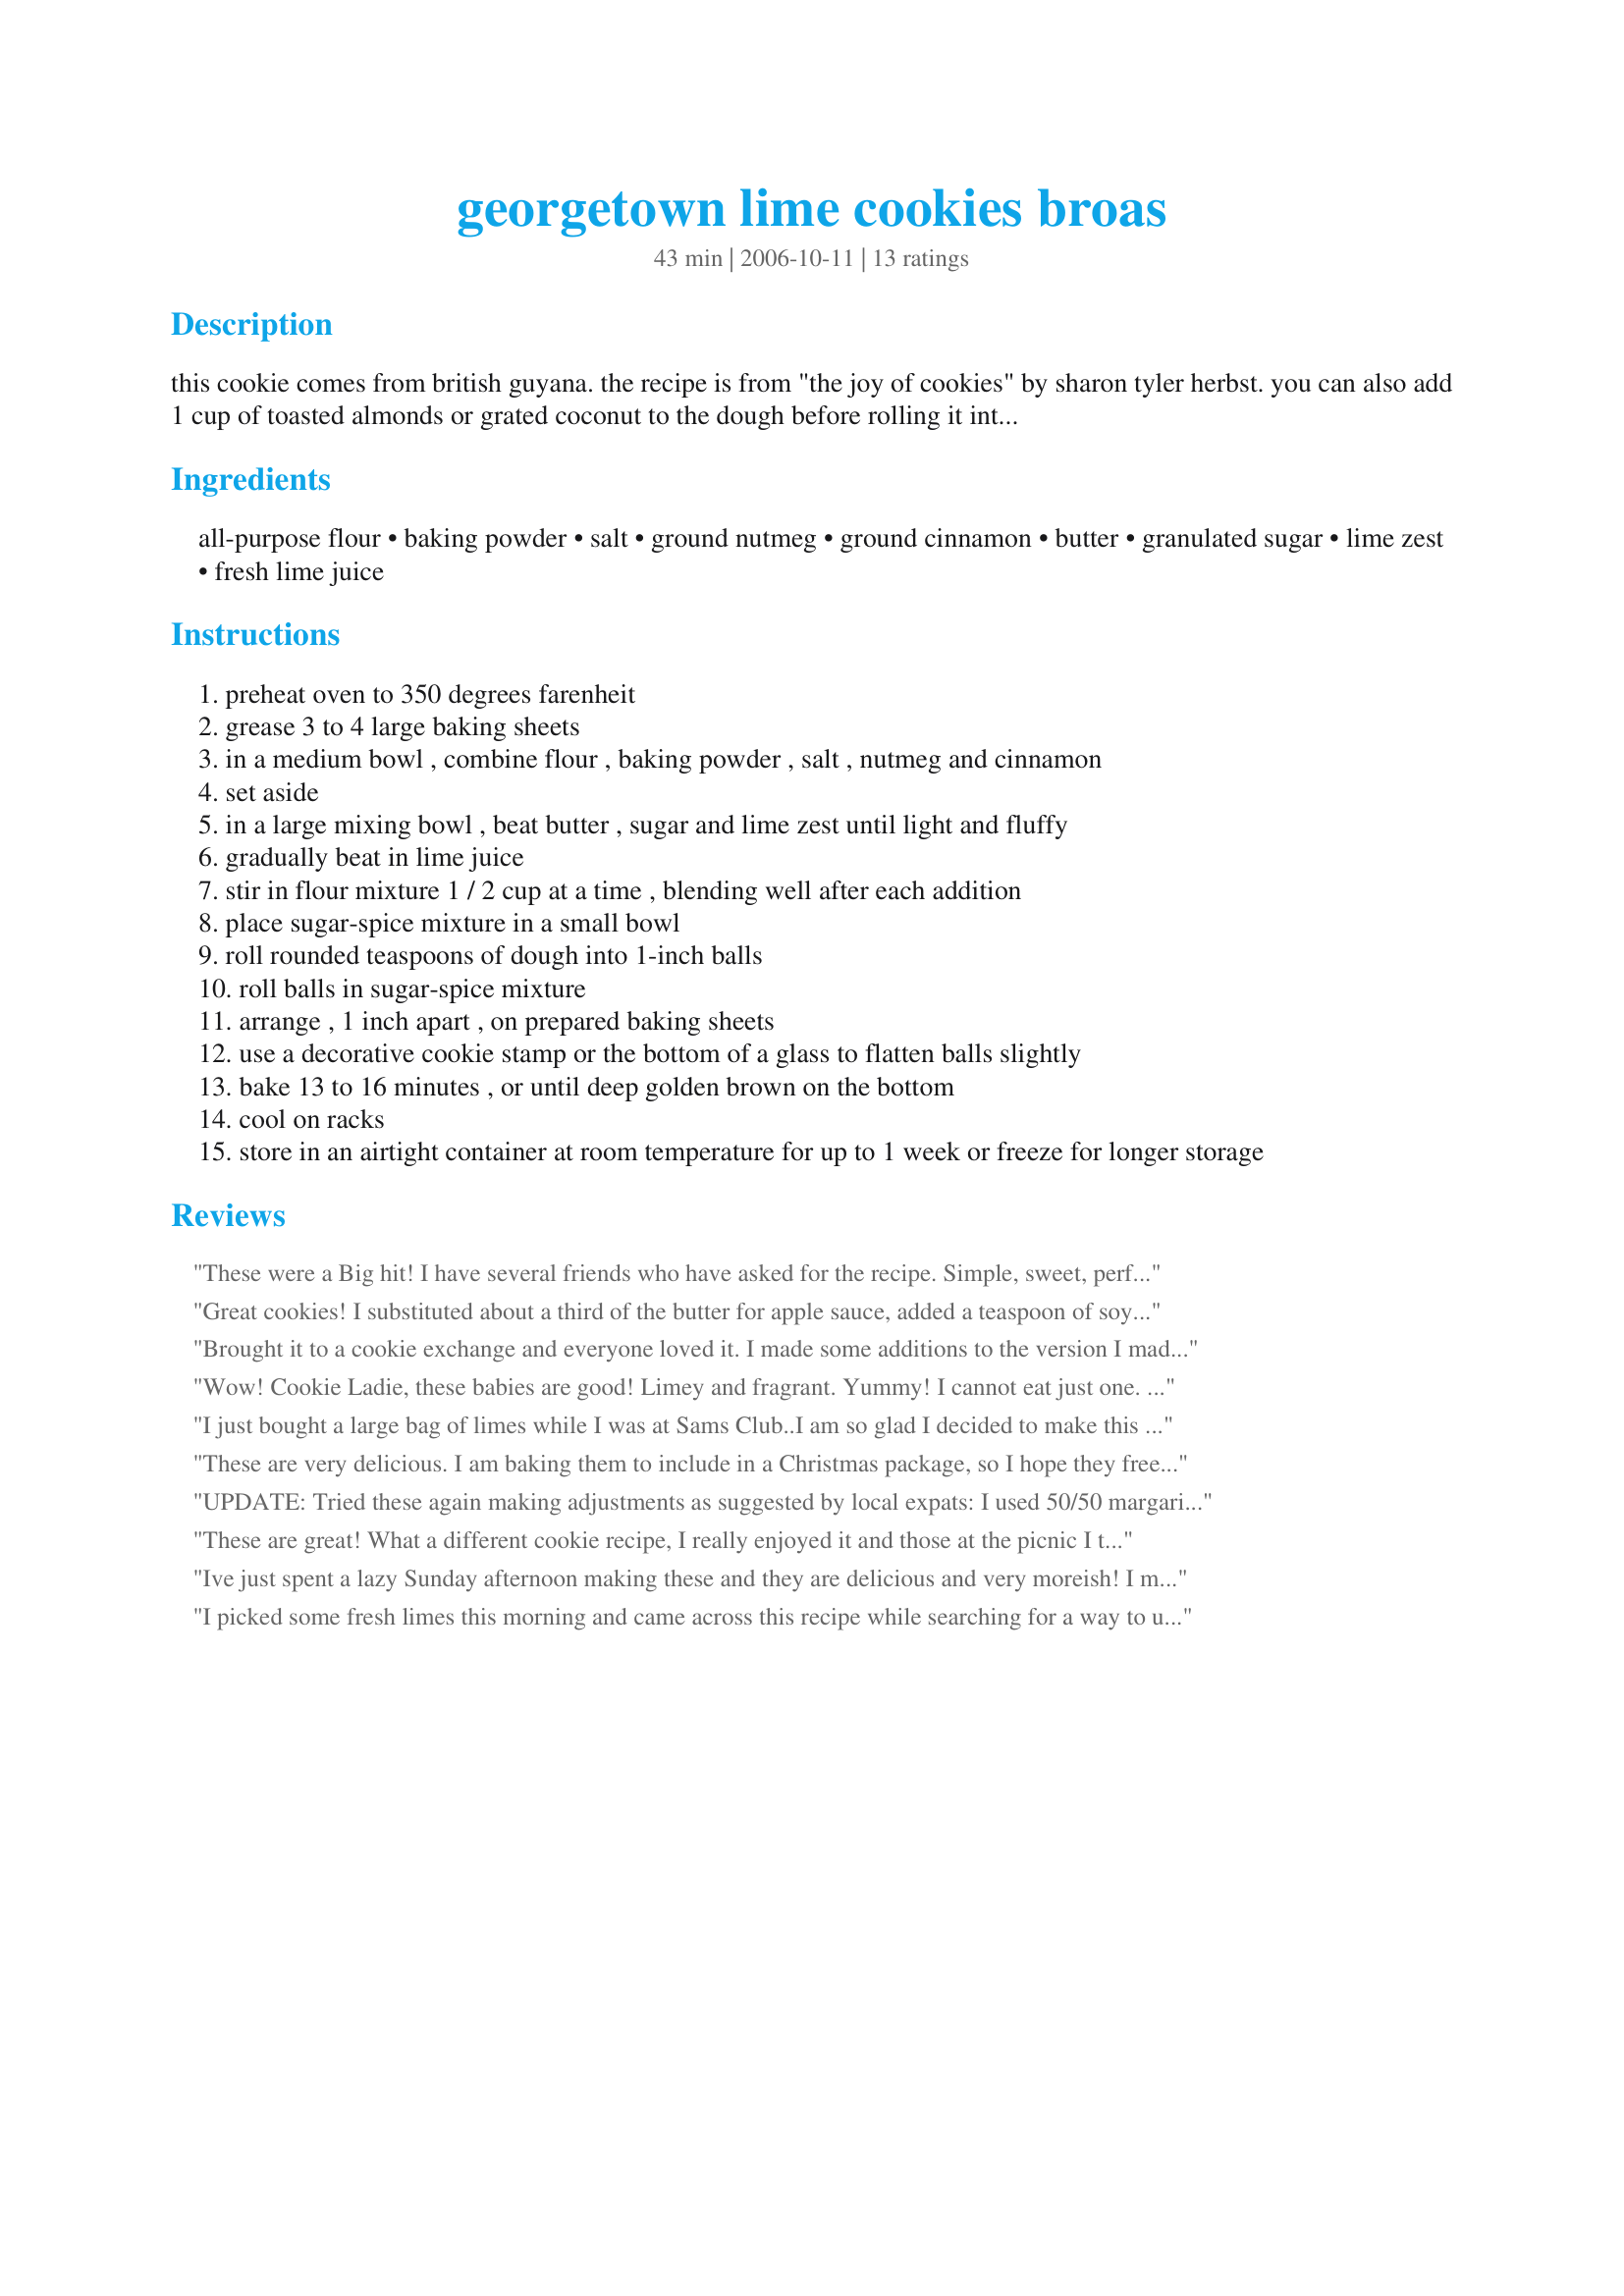
georgetown lime cookies broas
Preparation time: 43 minutes

this cookie comes from british guyana. the recipe is from "the joy of cookies" by sharon tyler herbst. you can also add 1 cup of toasted almonds or grated coconut to the dough before rolling it into balls if you wan't something a little different. prep time is a guess.

Ingredients:
all-purpose flour, baking powder, salt, ground nutmeg, ground cinnamon, butter, granulated sugar, lime zest, fresh lime juice

Steps:
preheat oven to 350 degrees farenheit
grease 3 to 4 large baking sheets
in a medium bowl , combine flour , baking powder , salt , nutmeg and cinnamon
set aside
in a large mixing bowl , beat butter , sugar and lime zest until light and fluffy
gradually beat in lime juice
stir in flour mixture 1 / 2 cup at a time , blending well after each addition
place sugar-spice mixture in a small bowl
roll rounded teaspoons of dough into 1-inch balls
roll balls in sugar-spice mixture
arrange , 1 inch apart , on prepared baking sheets
use a decorative cookie stamp or the bottom of a glass to flatten balls slightly
bake 13 to 16 minutes , or until deep golden brown on the bottom
cool on racks
store in an airtight container at room temperature for up to 1 week or freeze for longer storage

Reviews:
These were a Big hit! I have several friends who have asked for the recipe. Simple, sweet, perfect. They didn't stop eating until they were all gone. And they have been mentioned several times in the past week. I will definately be making these again. Thanks!!
Great cookies! I substituted about a third of the butter for apple sauce, added a teaspoon of soy lecithin to the dough, reduced the sugar to 3/4 of a cup, and mixed in some shredded sweetened coconut to half of the dough. They came out as little balls of yumminess. The outside of the cookies are slightly hard and crispy but the insides are soft and chewy! They're kind of like a butter/shortbread cookie (as Len23 said), but a chewier on the inside. I will definitely be adding more lime next time though. The lime flavor was great in the dough before I baked it -- my husband didn't want to stop eating it. But it became much more subdued after baking. We really like the tartness of the lime to come through! Thanks for posting!
Brought it to a cookie exchange and everyone loved it. I made some additions to the version I made. Replaced a 1/4 cup of granulated sugar in the dough with raw sugar. I also replaces the entire "spice" sugar (what you roll the dough balls in) with raw sugar....although, when putting the balls in the bowl, instead of rolling I scooped the mix on bc the cinnamon and nutmeg were all on the bottom of the bowl. I also I set aside a bit of the lime zest as well as 2 TB of lime juice (leftover from squeezing the limes) and made a glaze to brush on top of the cookies after they cooled. I also only baked them for 12 minutes to let them be a little softer. And one last thing to note - I tried both with one egg added to the dough and the original version and like the NO EGG version better. Thanks for the recipe. It was the biggest hit at the cookie party I went to.
Wow! Cookie Ladie, these babies are good! Limey and fragrant. Yummy! I cannot eat just one. I do not like to bake cookies (just eat them) but I am going to have to get over it for these. You can't buy them anywhere, so I am going to have to make them. Big thank you.
I just bought a large bag of limes while I was at Sams Club..I am so glad I decided to make this recipe..Wonderful delicate lime flavored cookies, more like a wafer, they are so thin..I heard about these on the travel channel(Anthony) and he is correct it is hard to eat just one..Thank U for this wonderful recipe...
These are very delicious. I am baking them to include in a Christmas package, so I hope they freeze well. (I guess we'll find out.) They are absolutely delicate and very tasty. I did not find them too sweet but you definitely do not need to eat more than one or two. I halved the recipe and added 1/2 cup of toasted, sweetened coconut. The coconut flavor is there but the lime flavor is much more pronounced. A lovely cookie!
UPDATE: Tried these again making adjustments as suggested by local expats: I used 50/50 margarine and butter, added extra flour due to the water content of CR's butter and moved my oven rack up a level. THAT'S THE TICKET!!! These cookies are AMAZING!!! Original Review: These cookies have an amazing flavor! I'd like to give them five stars, except mine spread way too thin and I ended up with one great big cookie-sheet sized cookie! However, this may not be the fault of the recipe, since the same thing happened yesterday with another cookie. My bad oven, or maybe its the Costa Rican butter; sigh... I love the combination of the lime with the cinnamon and nutmeg - even though we ended up with a not-very-pretty cookie, they disappeared pretty quickly! Yum! Thanks for posting!
These are great! What a different cookie recipe, I really enjoyed it and those at the picnic I took them to did as well. I used store-bought lime juice, and did need to add an extra tablespoon to up the flavor. A great combination of flavors, very light! Mine came out a bit shortbread-y, which I liked a lot.
Ive just spent a lazy Sunday afternoon making these and they are delicious and very moreish! I made a few changes of my own by substituting some of the flour with cornmeal and rolled the dough balls in oatmeal, which gives the cookies a fantastic crunch. They were a bit too sweet for our English tastbuds, so next time I will use less sugar.

Thanks for posting this recipe and I will definitely make these again - soon!
I picked some fresh limes this morning and came across this recipe while searching for a way to use them. This recipe is a nice twist on a plain sugar cookie. The cookie itself is soft the inside with a nice, crispy exterior; however, it doesn't have the big wow factor that a more decadent chocolate cookie has. For those who aren't looking for decadence and don't happen to like chocolate, this is a more-than-satisfacory alternative. As other reviewers suggested I cut back a little on the sugar, and I'm glad I did. The lime I used was huge, so I also amped up the lime flavor by adding a fourth tablespoon of fresh lime juice, which was another favorable modification. In all honesty, I probably won't make this again simply because I love chocolate too much!
I made these cookies and followed the recipe exactly as written. They were amazing! I've never had lime cookies before and wasn't honestly surprised by how good they were. I will definitely be making them again!
Oh lime cookies how do I like you let me count the ways...everyone loves these..I cook them at a low temp (my oven hates me) so they are some what soft..my 2 year old requests these over choc chip cookies all the time.. freeze amazing!
Well these are just knock me down delicious. I was skeptical when I pulled them out of the oven because they looked very 'ordinary' but I stand correctd, they are *amazing*. I'm actually bringing a dozen into work right now (on my day off) simply so I won't consume the full batch alone. The only modification I made was to add one egg and cream it in with the lime zest because it just seemed so odd that there were no eggs in this recipe. Worked perfectly (though I don't know what they are supposed to look like, lol). I rolled mine in the spice mixture and then lightly pressed them with the bottom of a decorative shot glass (the perfect 1" size) so they look like they have flowers pressed into them. These cookies are so lightly spiced and limey at the same time, unlike anything I've ever quite had, which might be why they are so addicting! They are not really a chewy cookie, maybe closer to a shortbread/butter cookie? Very yummy, and a most excellent recipe to use up my overabundance of limes on. I might just do up another batch and pop them into the freezer.
